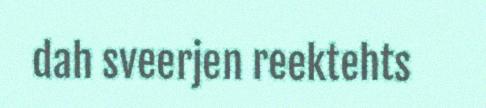
dah sveerjen reektehts